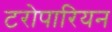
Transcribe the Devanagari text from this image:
टरोपारियन